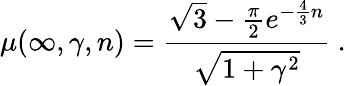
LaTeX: \mu(\infty,\gamma,n)=\frac{\sqrt{3}-\frac{\pi}{2}e^{-\frac{4}{3}n}}{\sqrt{1+\gamma^{2}}}\ .